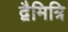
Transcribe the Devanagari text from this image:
द्वैमित्रि